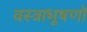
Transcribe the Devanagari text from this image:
वस्‍त्राभूषणों